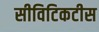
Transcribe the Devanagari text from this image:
सीविटिकटीस